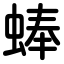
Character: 蜯